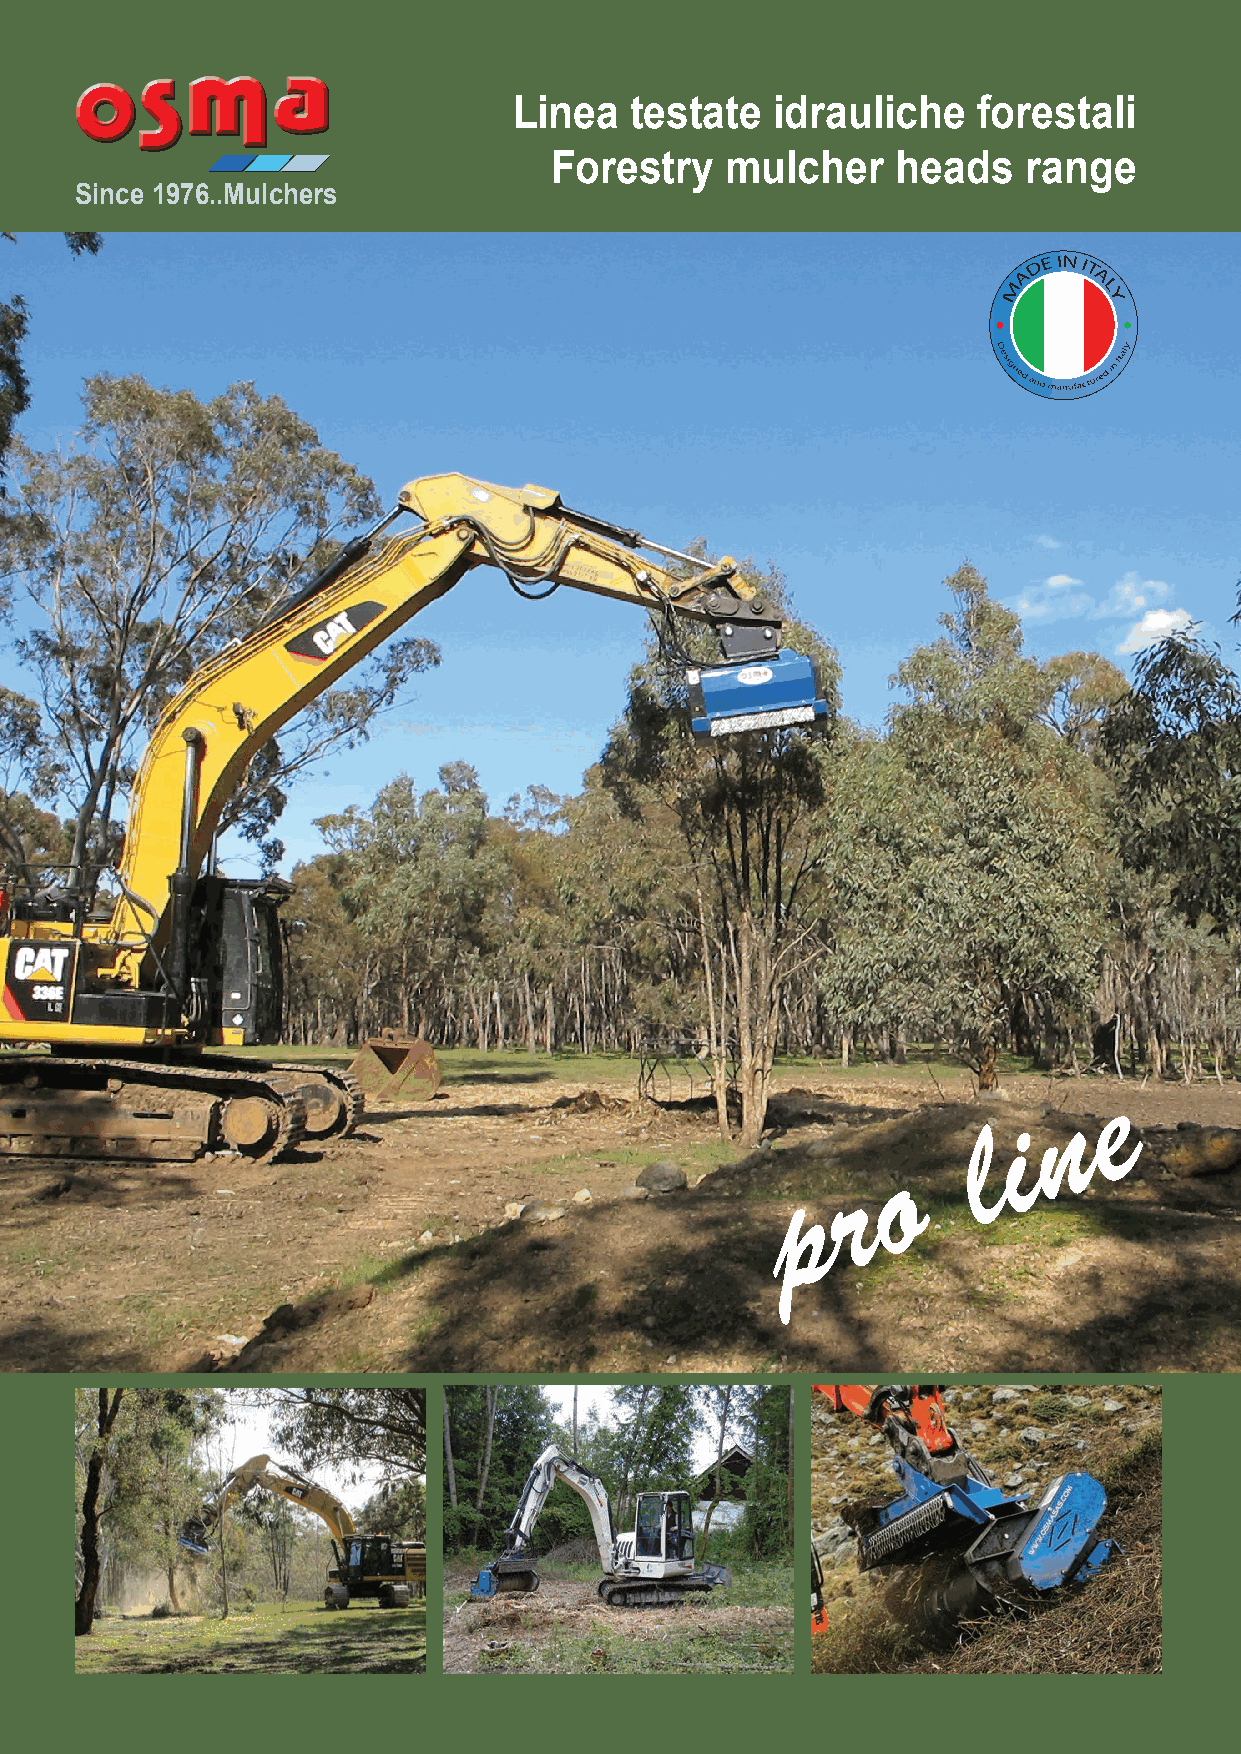
Linea   testate  idrauliche    forestali
 Forestry    mulcher    heads    range
 Since 1976..Mulchers
 e
 n
 i
 l
 o
 r
 p
 OSMA sas di Sanzanni Pierdomenico & C.- Via U.Foscolo 36 - 26020 Scannabue (CR) . Italy
 tel.+39 0373982466 email: info@osmasas.com www.osmasas.com